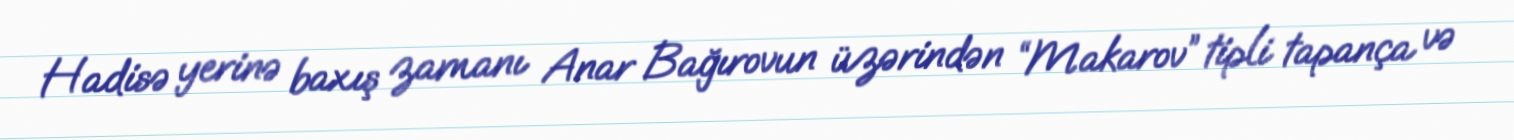
Hadisə yerinə baxış zamanı Anar Bağırovun üzərindən “Makarov” tipli tapança və